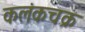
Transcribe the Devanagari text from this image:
कलंकचक्र